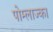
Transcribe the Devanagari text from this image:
पोम्लाज्का